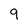
Character: 9